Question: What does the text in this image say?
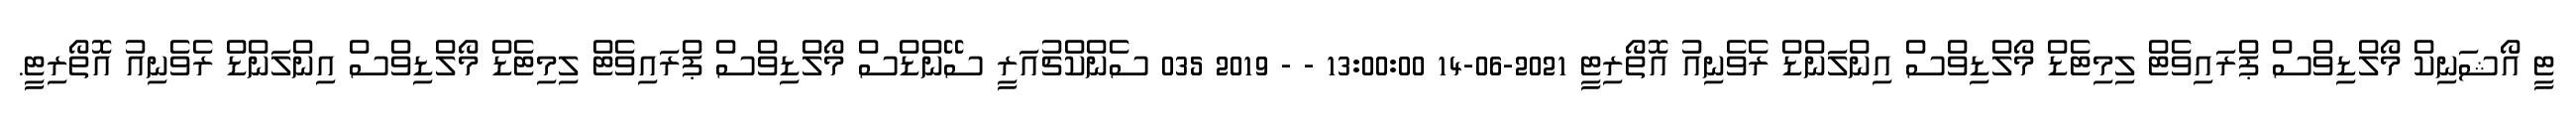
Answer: ޓީ އޯޝަނިކް މޯލްޑިވްސް ޕްރައިވެޓް ލިމިޓެޑް މޯލްޑިވްސް އިންލަންޑް ރެވެނިއު އޮތޯރިޓީ 2021-06-14 13:00:00 - - 2019 035 ސެންކްޗުއަރީ ސޭންޑްސް މޯލްޑިވްސް ޕްރައިވެޓް ލިމިޓެޑް މޯލްޑިވްސް އިންލަންޑް ރެވެނިއު އޮތޯރިޓީ.